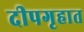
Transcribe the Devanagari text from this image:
दीपगृहात